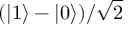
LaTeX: ( | 1 \rangle - | 0 \rangle ) / { \sqrt { 2 } }